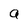
Character: a